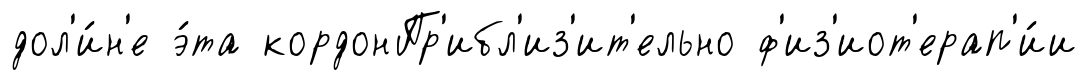
дол'и́н'е э́та кордонПр'ибл'из'ит'ельно ф'из'иот'ерап'и́и